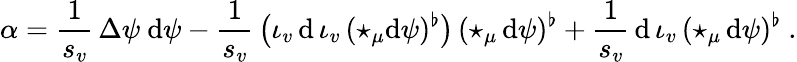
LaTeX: \alpha=\frac 1{s_{v}}\, \Delta\psi\ \mathrm{d}\psi-\frac 1{s_{v}}\, \big(\iota_{v}\, \mathrm{d}\, \iota_{v}\, (\star_{\mu}\mathrm{d}\psi)^{\flat}\big)\, (\star_{\mu}\, \mathrm{d}\psi)^{\flat}+\frac 1{s_{v}}\, \mathrm{d}\, \iota_{v}\, (\star_{\mu}\, \mathrm{d}\psi)^{\flat}\ .